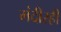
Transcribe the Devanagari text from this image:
मंदीरही